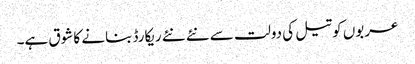
عربوں کو تیل کی دولت سے نئے نئے ریکارڈ بنانے کا شوق ہے۔